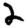
Digit: 2